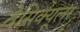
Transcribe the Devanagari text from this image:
वेसिक्यूलर